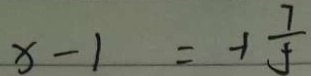
x - 1 = - 1 \frac { 7 } { 5 }